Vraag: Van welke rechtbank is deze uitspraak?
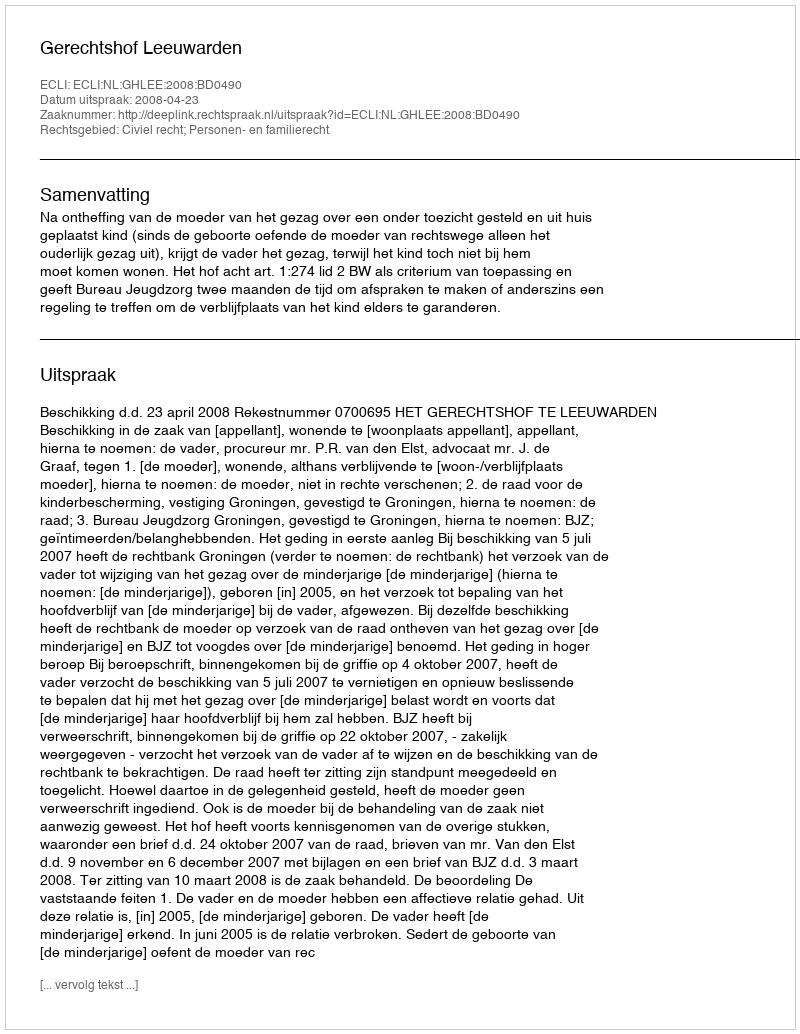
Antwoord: Gerechtshof Leeuwarden